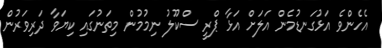
އެހެންވެ އަޅުގަނޑުމެން އަލަށް އަޅާ ޕްރީ ސްކޫލު ނިމުމުން މިތަނުގައި ކިޔަވާ ދަރިވަރުން